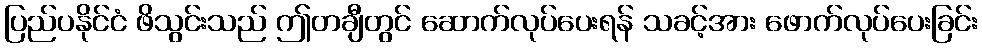
ပြည်ပနိုင်ငံ ဖိသွင်းသည် ဤတချီတွင် ဆောက်လုပ်ပေးရန် သခင့်အား ဖောက်လုပ်ပေးခြင်း